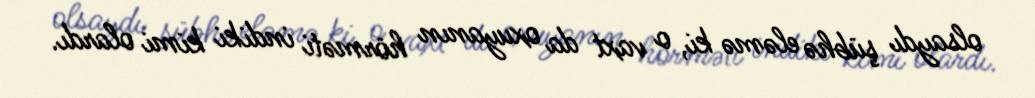
olsaydı şübhə eləmə ki, o vaxt da oxuyanın hörməti indiki kimi olardı.